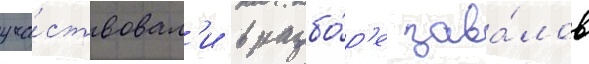
уча́ствовал'и в разбо́р'е зава́лов